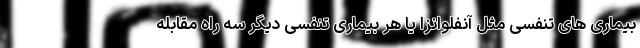
بیماری های تنفسی مثل آنفلوانزا یا هر بیماری تنفسی دیگر سه راه مقابله